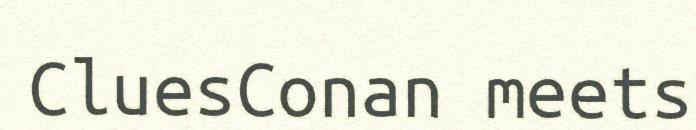
CluesConan meets